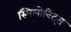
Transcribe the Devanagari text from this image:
स्मिलोविट्स